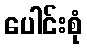
ပေါင်းစုံ